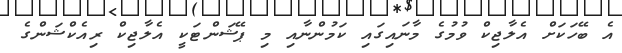
އެ ބޭހަކަށް އެލާޖިކް ވުމުގެ މާނައިގައި ކަމުންނާއި މި ޕޭޝަންޓަކީ އެލާޖިކް ރިއެކްޝަންގެ